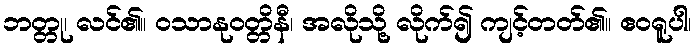
ဘတ္တု၊ လင်၏။ ဝသာနုဝတ္တိနီ၊ အလိုသို့ လိုက်၍ ကျင့်တတ်၏။ ဧဝရူပါ၊